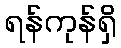
ရန်ကုန်ရှိ